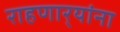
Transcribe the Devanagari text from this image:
राहणार्‍यांना